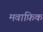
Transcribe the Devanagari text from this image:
मवाफ़िक